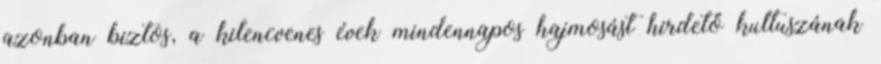
azonban biztos, a kilencvenes évek mindennapos hajmosást hirdető kultuszának